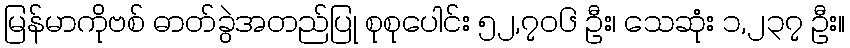
မြန်မာကိုဗစ် ဓာတ်ခွဲအတည်ပြု စုစုပေါင်း ၅၂,၇၀၆ ဦး၊ သေဆုံး ၁,၂၃၇ ဦး။